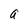
Character: a